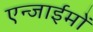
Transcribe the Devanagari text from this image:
एन्जाईमों